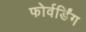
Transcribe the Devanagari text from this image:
फोर्वर्डिंग